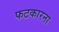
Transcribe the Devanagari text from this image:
फटकारना